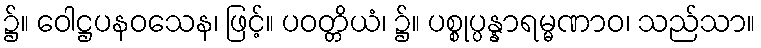
၌။ ဝေါဋ္ဌပနဝသေန၊ ဖြင့်။ ပဝတ္တိယံ၊ ၌။ ပစ္စုပ္ပန္နာရမ္မဏာဝ၊ သည်သာ။